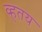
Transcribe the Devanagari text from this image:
व्हतय